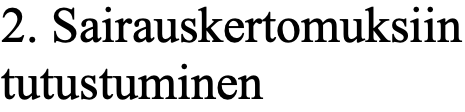
2. Sairauskertomuksiin tutustuminen